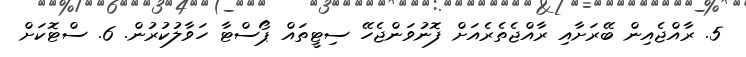
5. ރާއްޖެއިން ބޭރަށާއި ރާއްޖެތެރެއަށް ފޮނުވަންޖެހޭ ސިޓީތައް ޕޯސްޓާ ހަވާލުކުރުން. 6. ސްޓޮކަށް